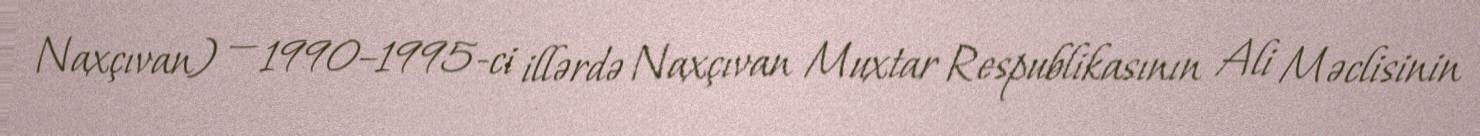
Naxçıvan) — 1990–1995-ci illərdə Naxçıvan Muxtar Respublikasının Ali Məclisinin